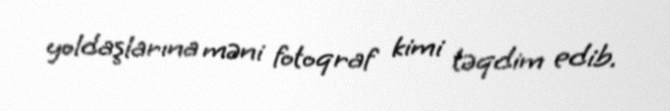
yoldaşlarına məni fotoqraf kimi təqdim edib.